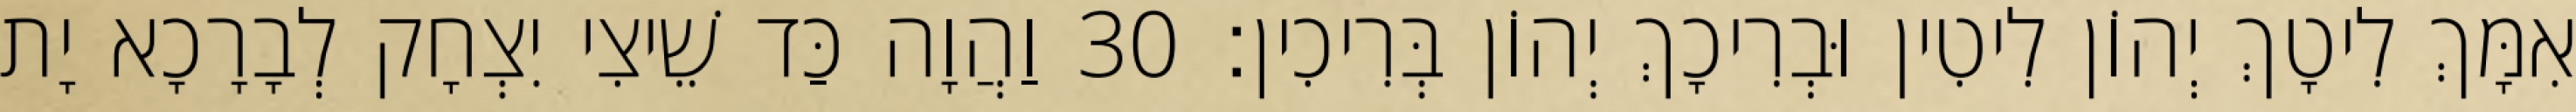
אִמָּךְ לִיטָךְ יְהוֹן לִיטִין וּבְרִיכָךְ יְהוֹן בְּרִיכִין׃ 30 וַהֲוָה כַּד שֵׁיצִי יִצְחָק לְבָרָכָא יָת